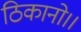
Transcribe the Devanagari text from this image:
ठिकानो।।